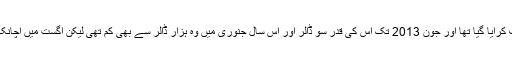
بٹ کوائن کو جنوری 2009 میں متعارف کرایا گیا تھا اور جون 2013 تک اس کی قدر سو ڈالر اور اس سال جنوری میں وہ ہزار ڈالر سے بھی کم تھی لیکن اگست میں اچانک اس کی قدر میں اضافہ دیکھنے میں آیا ۔